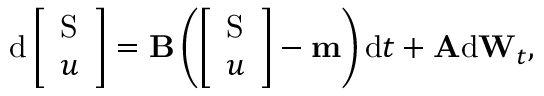
\mathrm { d } \left[ \begin{array} { l } { \mathrm { S } } \\ { u } \end{array} \right] = \mathbf { B } \left( \left[ \begin{array} { l } { \mathrm { S } } \\ { u } \end{array} \right] - \mathbf { m } \right) \mathrm { d } t + \mathbf { A } \mathrm { d } \mathbf { W } _ { t } ,